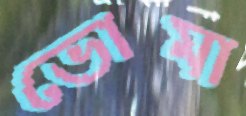
ভোমা